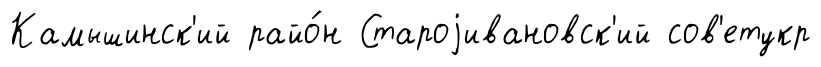
Камышинск'ий райо́н Староjивановск'ий сов'етукр